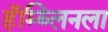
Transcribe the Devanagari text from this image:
हॅम्ब्लिनला